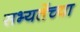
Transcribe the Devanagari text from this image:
सभ्यतेंच्या